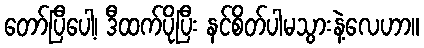
တော်ပြီပေါ့၊ ဒီထက်ပိုပြီး နင်စိတ်ပါမသွားနဲ့လေဟာ။